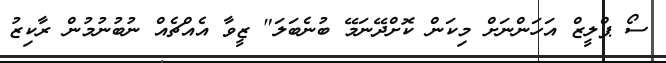
ސޯ ޕްލީޒް އަހަންނަށް މިކަން ކޮށްދޭނަމޭ ބުނެބަލަ" ޒީވާ އެއްޗެއް ނުބުނުމުން ރާކިޒު